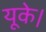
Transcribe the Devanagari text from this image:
यूके।